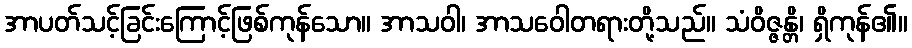
အာပတ်သင့်ခြင်းကြောင့်ဖြစ်ကုန်သော။ အာသဝါ၊ အာသဝေါတရားတို့သည်။ သံဝိဇ္ဇန္တိ၊ ရှိကုန်၏။